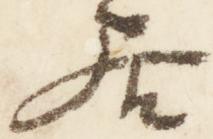
居